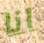
انا